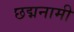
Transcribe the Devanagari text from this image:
छद्मनामी